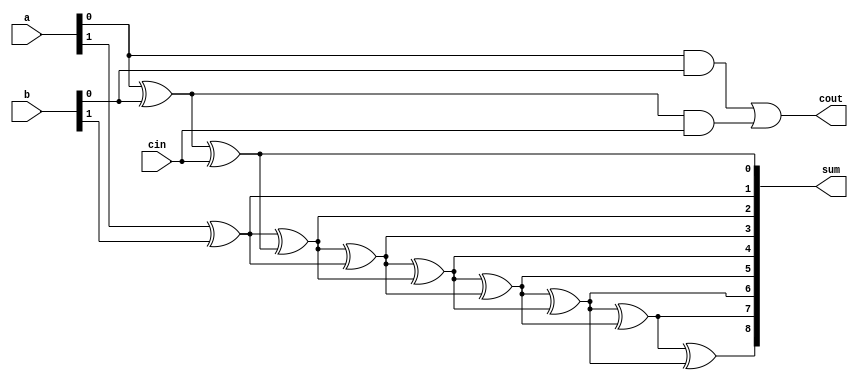
module brent_kung_adder(
    input [7:0] a,
    input [7:0] b,
    input cin,
    output [8:0] sum,
    output cout
);

// Stage 0
assign sum[0] = a[0] ^ b[0] ^ cin;
assign cout = (a[0] & b[0]) | ((a[0] ^ b[0]) & cin);
assign sum[1] = a[1] ^ b[1];

// Stage 1
assign sum[2] = sum[1] ^ sum[0];
assign sum[3] = sum[2] ^ sum[1];
assign sum[4] = sum[3] ^ sum[2];
assign sum[5] = sum[4] ^ sum[3];
assign sum[6] = sum[5] ^ sum[4];
assign sum[7] = sum[6] ^ sum[5];

// Stage 2
assign sum[8] = sum[7] ^ sum[6];

endmodule